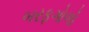
બરફગોળો